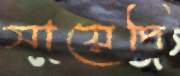
সায়েদি